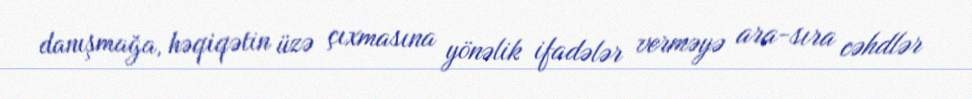
danışmağa, həqiqətin üzə çıxmasına yönəlik ifadələr verməyə ara-sıra cəhdlər